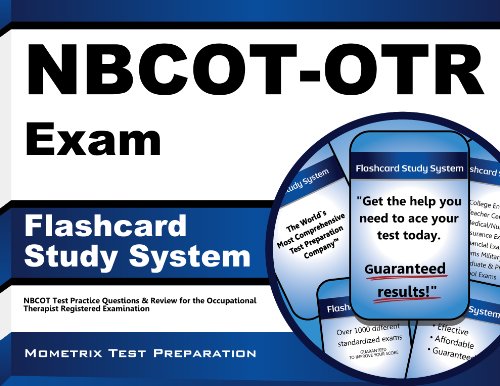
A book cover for NBCOT-OTR Exam Flashcard Study System: NBCOT Test Practice Questions & Review for the Occupational Therapist Registered Examination (Cards); NBCOT Exam Secrets Test Prep Team; Test Preparation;